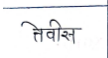
मजकूर: तेवीस